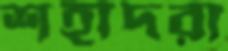
শহীদরা